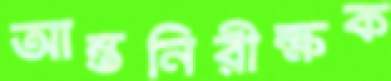
আন্তনিরীক্ষক